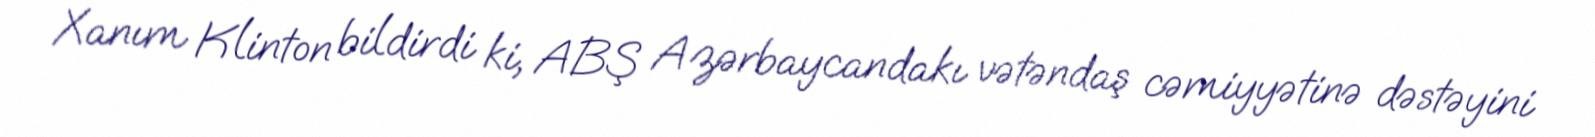
Xanım Klinton bildirdi ki, ABŞ Azərbaycandakı vətəndaş cəmiyyətinə dəstəyini